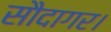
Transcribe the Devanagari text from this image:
सौदागर।